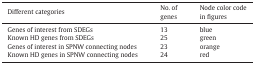
| Different categories | No. of genes | Node color code in figures |
 | --- | --- | --- |
 | Genes of interest from SDEGs | 13 | blue |
 | Known HD genes from SDEGs | 25 | green |
 | Genes of interest in SPNW connecting nodes | 23 | orange |
 | Known HD genes in SPNW connecting nodes | 24 | red |